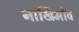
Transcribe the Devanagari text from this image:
नाखिमोव